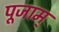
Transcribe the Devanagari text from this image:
पूजाम्